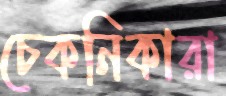
চেকনিকারা